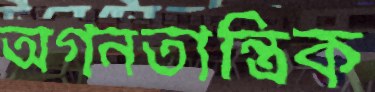
অগনতান্ত্রিক